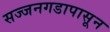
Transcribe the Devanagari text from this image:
सज्जनगडापासून